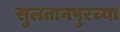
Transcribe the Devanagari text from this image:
सुलतानपुरच्या